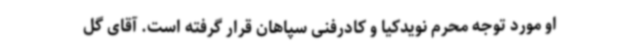
او مورد توجه محرم نویدکیا و کادرفنی سپاهان قرار گرفته است. آقای گل